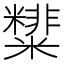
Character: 𥽑